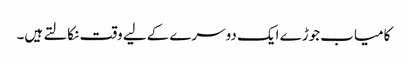
کامیاب جوڑے ایک دوسرے کےلیے وقت نکالتے ہیں۔